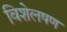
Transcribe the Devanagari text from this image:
विशेलषण